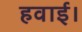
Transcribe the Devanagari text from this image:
हवाई।